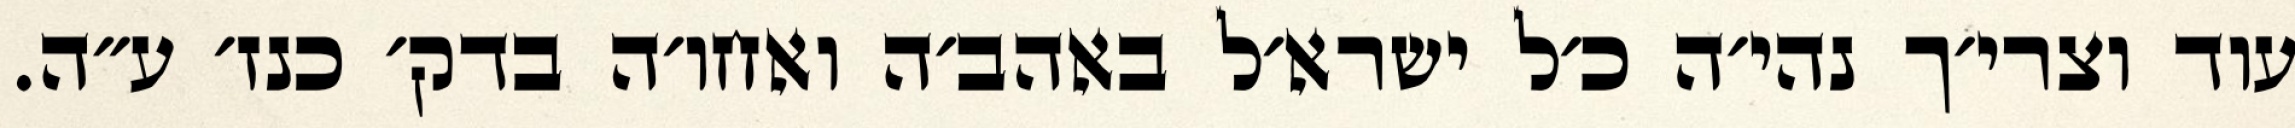
עוד וצרי׳ך נהי׳ה כ׳ל ישרא׳ל באהב׳ה ואחו׳ה בדק׳ כנז׳ ע״ה.